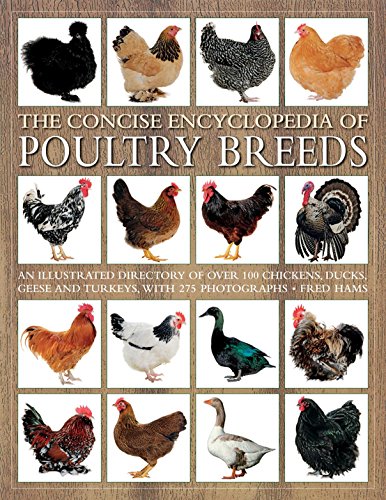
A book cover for The Concise Encyclopedia of Poultry Breeds: An Illustrated Directory Of Over 100 Chickens, Ducks, Geese And Turkeys, With 275 Photographs; Fred Hams; Crafts, Hobbies & Home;